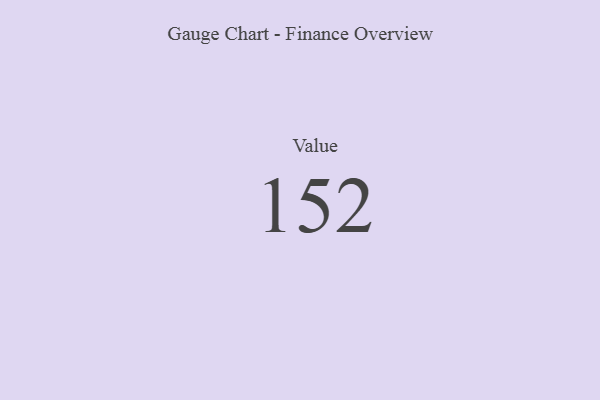
{"axis": {"x": "Metric", "y": "Value"}, "legend": [""], "data": [{"x": "Value", "y": 152, "type": ""}]}